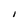
Character: I